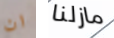
ان مازلنا